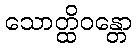
သောတ္ထိဝန္တော